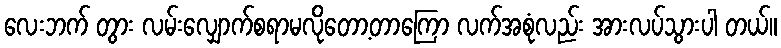
လေးဘက် တွား လမ်းလျှောက်စရာမလိုတော့တာကြော လက်အစုံလည်း အားလပ်သွားပါ တယ်။